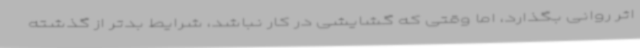
اثر روانی بگذارد، اما وقتی که گشایشی در کار نباشد، شرایط بدتر از گذشته